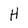
Character: H